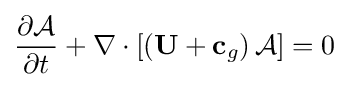
{\frac {\partial {\mathcal {A}}}{\partial t}}+\nabla \cdot \left[\left(\mathbf {U} +\mathbf {c} _{g}\right){\mathcal {A}}\right]=0